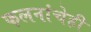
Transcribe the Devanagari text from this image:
फलनांचेही